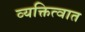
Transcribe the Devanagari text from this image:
व्यक्तित्वात